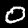
Digit: 0